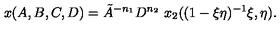
x ( A , B , C , D ) = \tilde { A } ^ { - n _ { 1 } } D ^ { n _ { 2 } } \ x _ { 2 } ( ( 1 - \xi \eta ) ^ { - 1 } \xi , \eta ) .